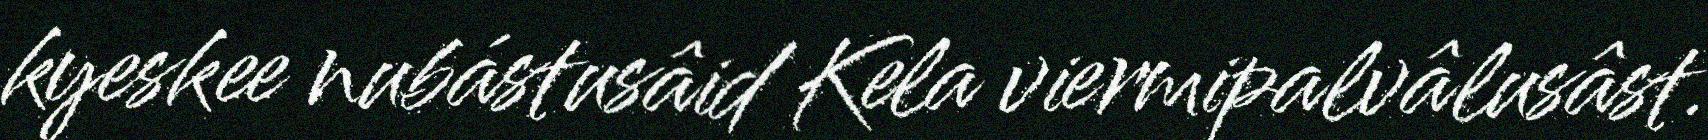
kyeskee nubástusâid Kela viermipalvâlusâst.